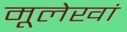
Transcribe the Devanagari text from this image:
मूलेखां